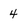
Character: 4